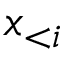
\boldsymbol x _ { < i }